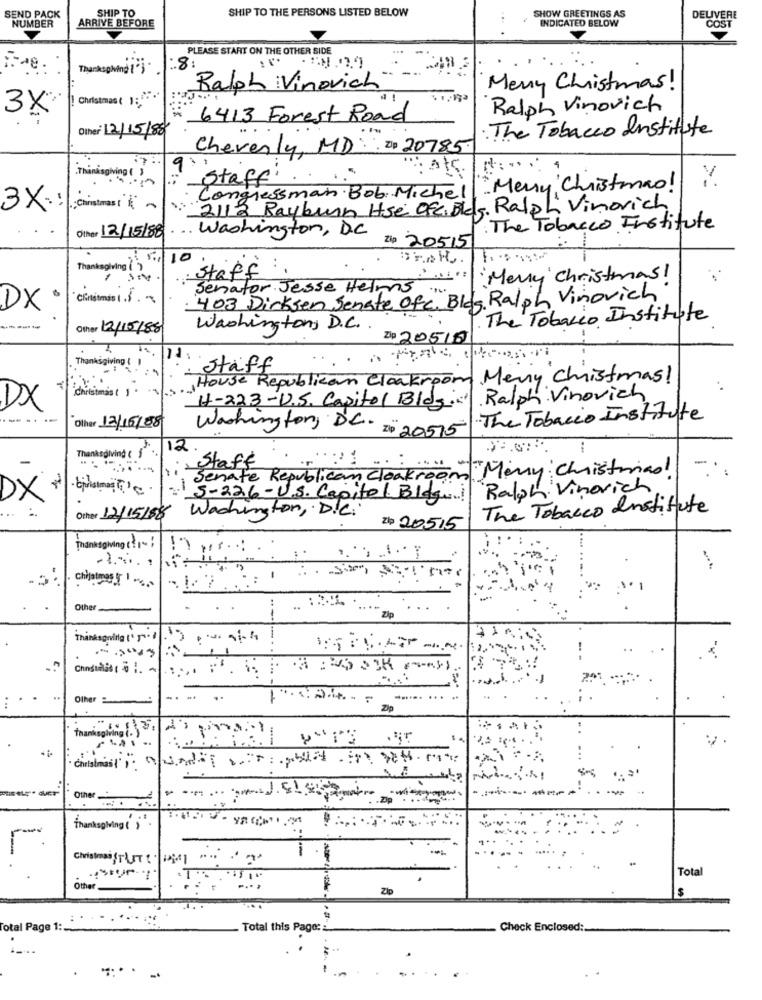
SEND PACK
SHIP TO
SHIP TO THE PERSONS LISTED BELOW
NUMBER
SHOW GREETINGS AS
INDICATED BELOW
DELIVERE
ARRIVE BEFORE
COST
PLEASE START ON THE OTHER SIDE
Thanksgiving (*) .
8:
Ralph Vinovich
Merry Christmas!
! Christmas ( 1:"
Ralph Vinovich
3X
6413 Forest Road
Other 12/15/88
: The Tobacco Institute
Chevenly, MD 20 20785.
Atc
: :.. .
Thanksgiving ( )
Congressman Bob. Michel| " Merry Christmas!
taff'
3X .:
;Christmas ( "~
2112 Rayburn Hse Ofc. Bldg. Ralph Vinovich
Other 12/15/88
Washington, D.C
. The Tobacco Institute
Zip 20515
10
Thanksgiving ( )
: Staff
:
Merry Christmas!
Senator Jesse Helms
·403 Dirksen Senate Ofc. Blog. Ralph Vinovich
DX
The Tobacco Institute
Other 12/15/88
Washington, D.C ..
Zip 20515
Thanksgiving : )
Staff
House Republican Cloakroom
Merry Christmas!
Christmas ( ) ..
Ralph Vinovich
DX
H-223 -U.S. Capitol Blog .. )
The Tobacco Institute
Other 12/16/88
Washington, DC. Z0 20515
12.
Thanksgiving ( 1)
, Staff
Merry Christmas
Senate Republican Cloakroom:
Ralph Vinovich
DX
5-226 -U.S. Capitol Blog ....
Washington, D.C.
The Tobacco Institute
Other 12/15/88
Zb 20515
Thanksgiving
-
Other
.. ..
Zip
T
Thanksgoing('+)
Chadthat () :. -
Other
....
...
Zip
thanksgiving (. )
-
other
thanksgiving (')" .
-
ChristmasSTATI·
Tota
.T
.
Other
Zip
... .
Total Page 1 :..
Total this Page: :
Check Enclosed: